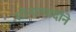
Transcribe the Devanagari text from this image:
सोन्याचांदीने